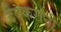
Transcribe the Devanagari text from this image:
देवकरांनी